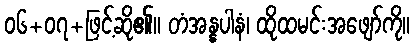
၀၆+၀၇+ဖြင့်ဆို၏။ တံအန္နပါနံ၊ ထိုထမင်းအဖျော်ကို။